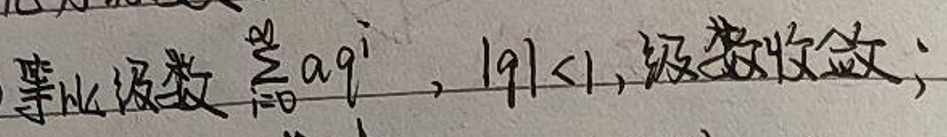
等比级数$\sum_{i = 0}^{\infty}aq^{i}$，$|q| < 1$，级数收敛;